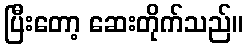
ပြီးတော့ ဆေးတိုက်သည်။